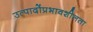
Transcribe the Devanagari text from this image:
उत्पादोंप्रभावशीलता